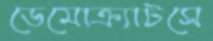
ডেমোক্র্যাটসে